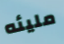
مليئه